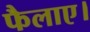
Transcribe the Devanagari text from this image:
फैलाए।